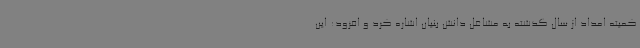
کمیته امداد از سال گذشته به مشاغل دانش بنیان اشاره کرد و افزود: این